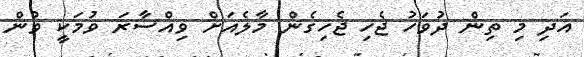
އަދި މި ތިން ދުވަހު ޖެހި ޖެހިގެން މާލެއަށް ވިއްސާރަ ވުމަކީ ވުން